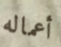
أعماله